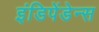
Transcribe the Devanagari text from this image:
इंडिपेंडेन्स